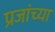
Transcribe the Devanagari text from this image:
प्रजांच्या